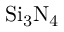
\mathrm { S i _ { 3 } N _ { 4 } }